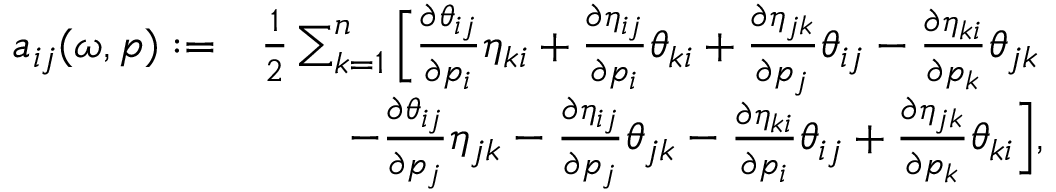
\begin{array} { r l } { a _ { i j } ( \omega , p ) : = } & { \frac { 1 } { 2 } \sum _ { k = 1 } ^ { n } \Big [ \frac { \partial \theta _ { i j } } { \partial p _ { i } } \eta _ { k i } + \frac { \partial \eta _ { i j } } { \partial p _ { i } } \theta _ { k i } + \frac { \partial \eta _ { j k } } { \partial p _ { j } } \theta _ { i j } - \frac { \partial \eta _ { k i } } { \partial p _ { k } } \theta _ { j k } } \\ & { \qquad - \frac { \partial \theta _ { i j } } { \partial p _ { j } } \eta _ { j k } - \frac { \partial \eta _ { i j } } { \partial p _ { j } } \theta _ { j k } - \frac { \partial \eta _ { k i } } { \partial p _ { i } } \theta _ { i j } + \frac { \partial \eta _ { j k } } { \partial p _ { k } } \theta _ { k i } \Big ] , } \end{array}